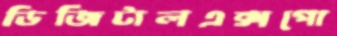
ডিজিটালএক্সপো